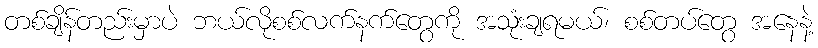
တစ်ချိန်တည်းမှာပဲ ဘယ်လိုစစ်လက်နက်တွေကို အသုံးချရမယ်၊ စစ်တပ်တွေ အနေနဲ့